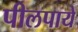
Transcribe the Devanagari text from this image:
पीलपाये